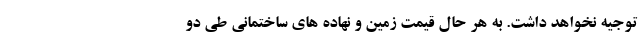
توجیه نخواهد داشت. به هر حال قیمت زمین و نهاده های ساختمانی طی دو